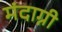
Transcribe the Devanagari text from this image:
मंदाग्नी